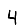
Digit: 4